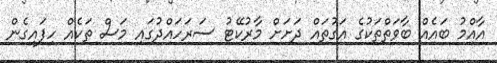
އާއްމު ބައެއް ބާވަތްތަކުގެ އަގުތައް ދަށަށް މާރުކޭޓު ސަރަހައްދުގައި މަސް ތަކެއް ހިފައިގެން